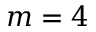
m = 4